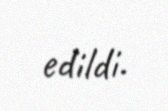
edildi.